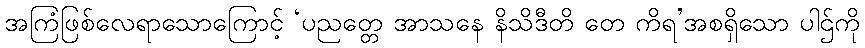
အကြံဖြစ်လေရာသောကြောင့် ‘ပညတ္တေ အာသနေ နိသိဒီတိ တေ ကိရ’အစရှိသော ပါဌ်ကို